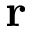
{ \bf r }